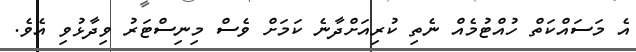
އެ މަސައްކަތް ހުއްޓުމެއް ނެތި ކުރިއަށްދާނެ ކަމަށް ވެސް މިނިސްޓަރު ވިދާޅުވި އެވެ.